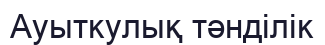
Ауыткулық тәнділік